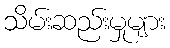
သိမ်းဆည်းမှုများ